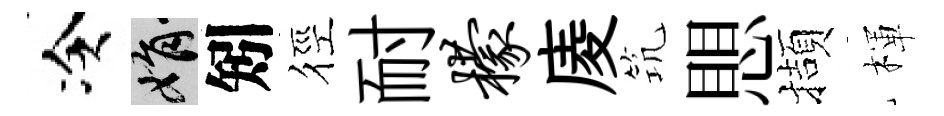
冷娟矧徑耐檬庱𥬑愳擷楎